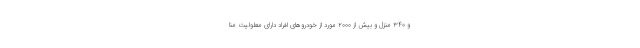
و ۳۴۰ منزل و بیش از ۲۰۰۰ مورد از خودروهای افراد دارای معلولیت منا